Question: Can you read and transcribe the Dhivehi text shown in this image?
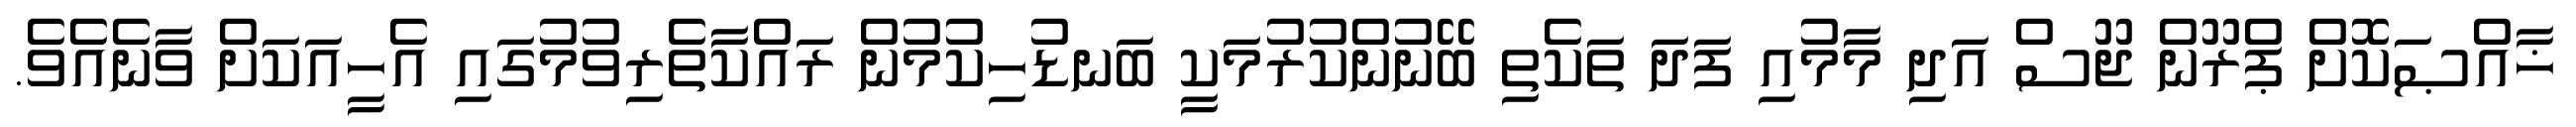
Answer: ޚާއްޞަކޮށް ޕްރޫން ޖޫސް އަދި މާމުއި ފަދަ ތަކެތި ބޭނުންކުރުމަކީ ބަނޑުހިކުމުން ރައްކާތެރިވުމުގައި އެހީއަކަށް ވާނެއެވެ.